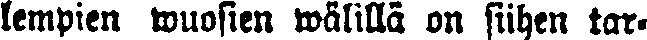
lempien wuosien välillä on siihen tar-